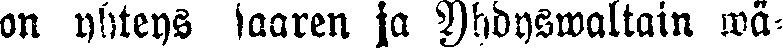
an yhteys saaren ja Yhdyswaltain wä-